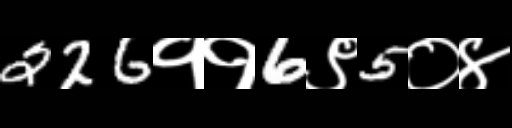
Text: 226११6९5०४